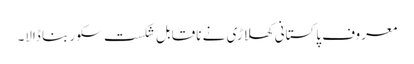
معروف پاکستانی کھلاڑی نے ناقابل شکست سکور بنا ڈالا۔